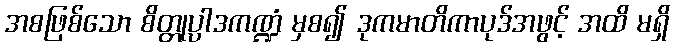
အစဖြစ်သော စိတ္တုပ္ပါဒကဏ္ဍံ မှစ၍ ဒုကမာတိကာပုဒ်အဖွင့် အထိ မရှိ